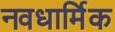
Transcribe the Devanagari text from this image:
नवधार्मिक